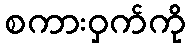
စကားဝှက်ကို